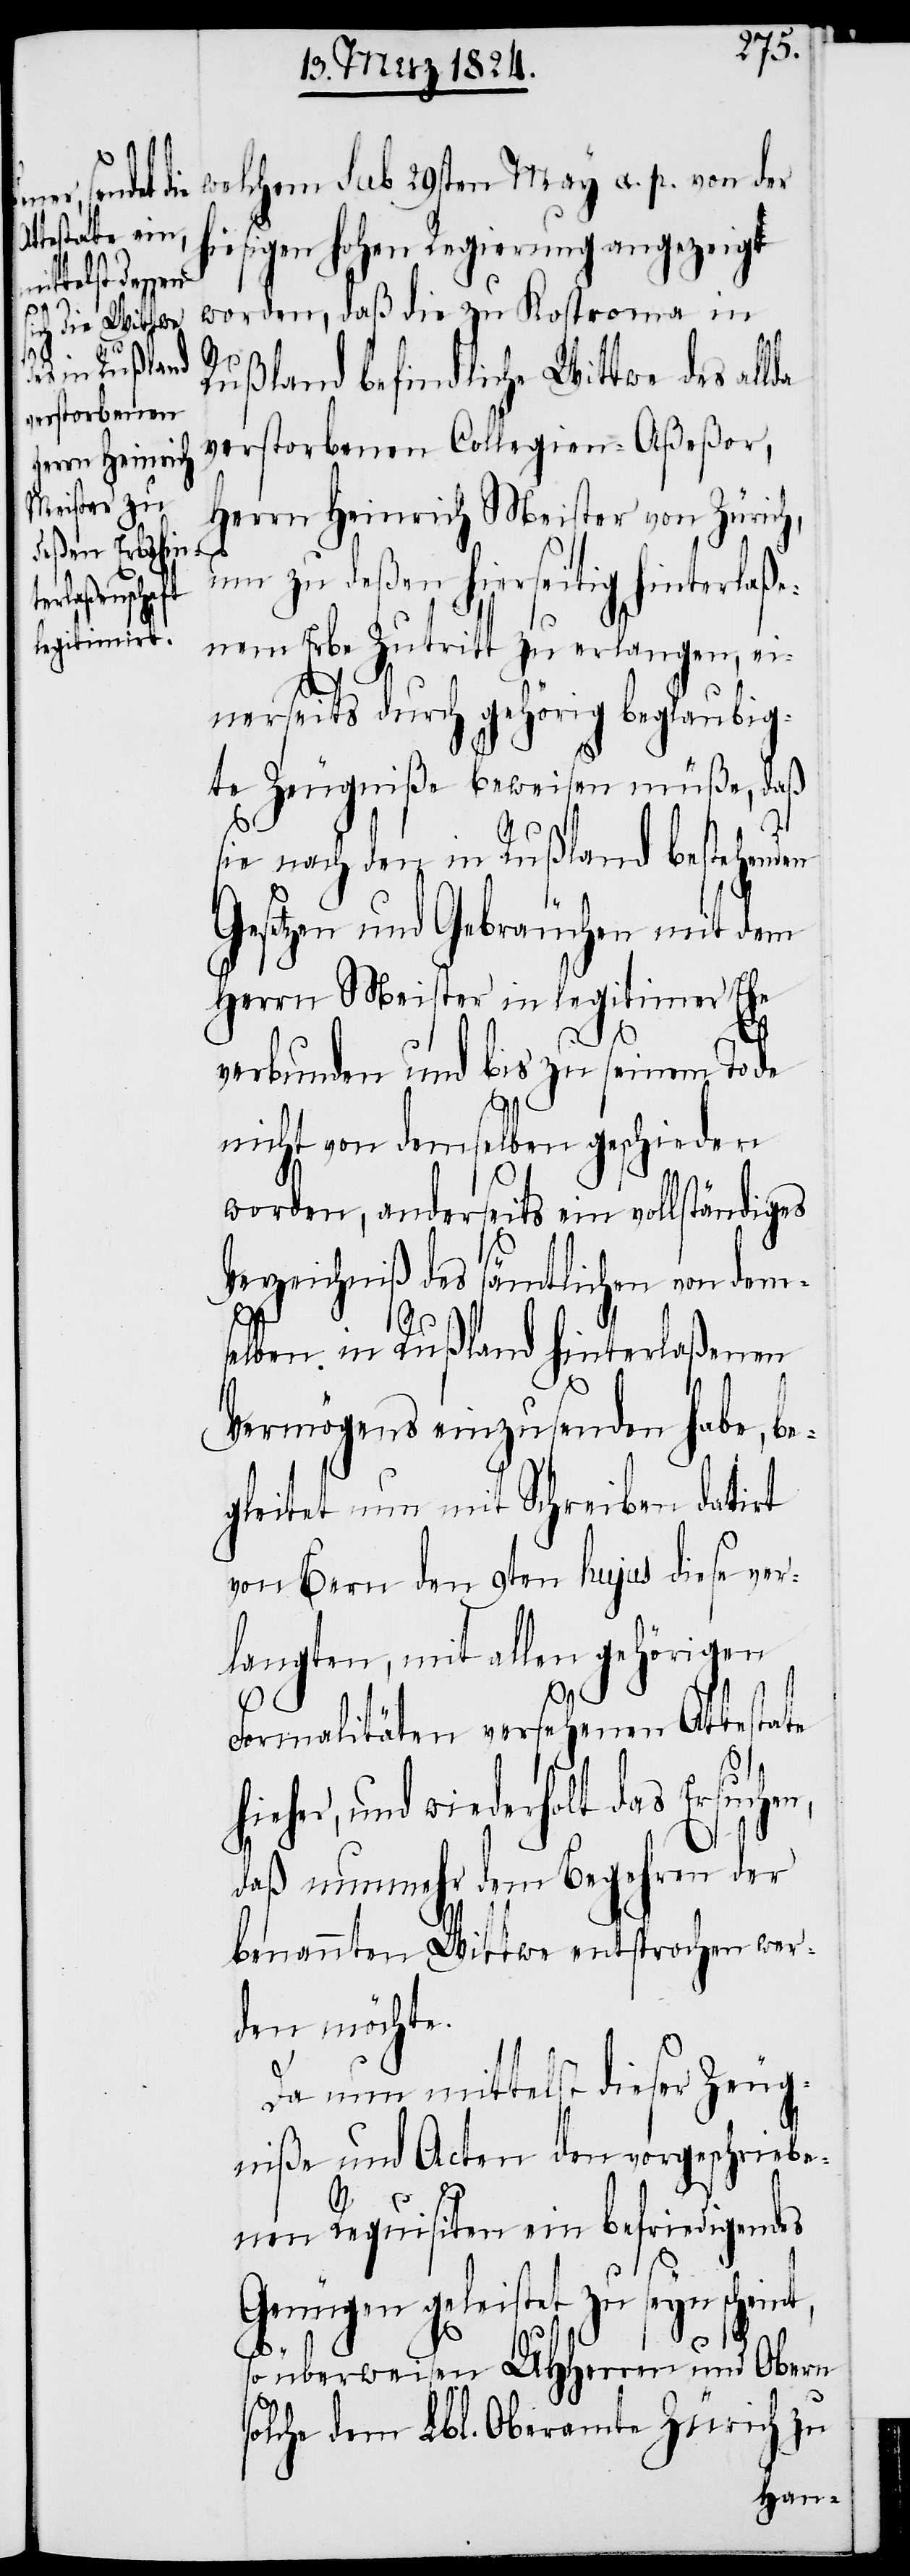
welchem sub 29sten May a. p. von der
hiesigen hohen Regierung angezeigt
worden, daß die zu Kostroma in
Rußland befindliche Wittwe des all¬
verstorbenen Collegien-Aßeßor,
Herrn Heinrich Meister von Züric¬
um zu deßen hierseitig hinterlaß¬
enen Erbe Zutritt zu erlangen, ei¬
nerseits durch gehörig beglaubig¬
te Zeugniße beweisen müße, daß
sie nach den in Rußland bestehenden
Gesetzen und Gebräuchen mit dem
Herrn Meister in legitimer Ehe
verbunden und bis zu seinem Tode
nicht von demselben geschieden
worden, anderseits ein vollständiges
Verzeichniß des sämtlichen von dem¬
s¬
elben in Rußland hinterlaßenen
Vermögens einzusenden habe, be¬
gleitet nun mit Schreiben datirt
von Bern den 9ten hujus diese ver¬
langten, mit allen gehörigen
Formalitäten versehenen Attestate
ieher, und wiederholt das Ersuche¬
daß nunmehr dem Begehren der
benannten Wittwe entsprochen wer¬
den möchte.
Da nun mittelst dieser Zeug¬
niße und Acten den vorgeschriebe¬
da
nen Requisiten ein befriedigendes
Genügen geleistet zu seyn scheint,
h¬
n,
so überweisen UHHerren und Obern
solche dem Lbl. Oberamte Zürich zu